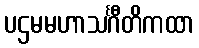
ပဌမမဟာသင်္ဂီတိကထာ